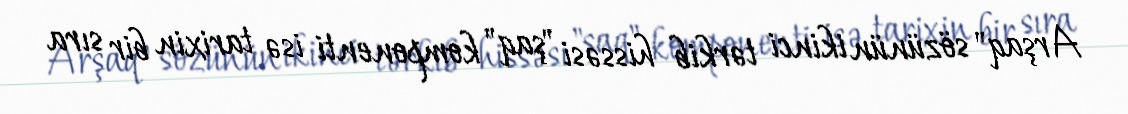
Arşaq" sözünün ikinci tərkib hissəsi "şaq" komponenti isə tarixin bir sıra